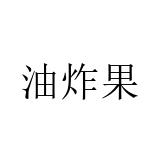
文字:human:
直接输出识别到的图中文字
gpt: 油炸果